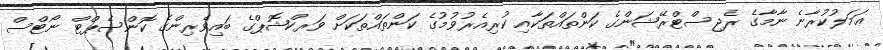
ޢަމަލުކުރާނެ ނާމާގެ ރެޖިސްޓްރޭޝަންގެ ކަންތައްތަކާއި ކުރިއެރުވުމުގެ ކަންތައްތަކަށް ވަރކްޝޮޕްގެ ބައިވެރިންގެ ކޮންސެޕްޓް ނޯޓްސް